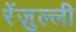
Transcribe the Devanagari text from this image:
रेंज़ुल्ली